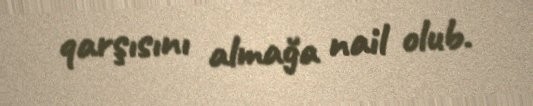
qarşısını almağa nail olub.